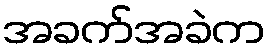
အခက်အခဲက